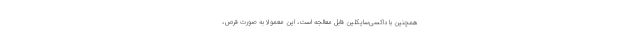
همچنین با داکسی‌سایکلین قابل معالجه است، این معمولاً به صورت قرص،